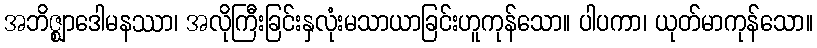
အဘိဇ္ဈာဒေါမနဿာ၊ အလိုကြီးခြင်းနှလုံးမသာယာခြင်းဟူကုန်သော။ ပါပကာ၊ ယုတ်မာကုန်သော။